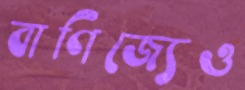
বাণিজ্যেও